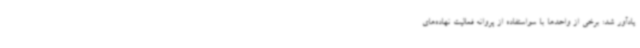
یادآور شد: برخی از واحدها با سواستفاده از پروانه فعالیت نهاده‌های